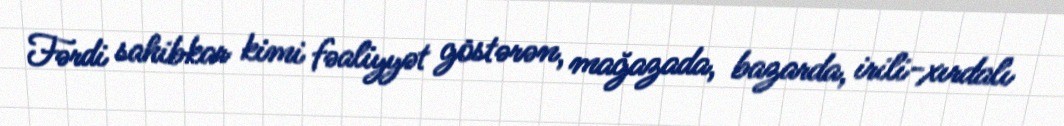
Fərdi sahibkar kimi fəaliyyət göstərən, mağazada, bazarda, irili-xırdalı